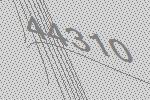
44310